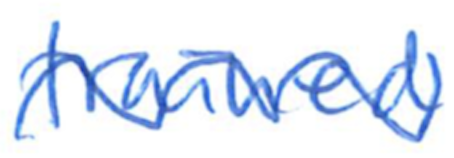
Text: trained
Cross-out: wave
Writing tool: ballpoint